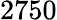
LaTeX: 2750